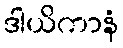
ဒါယိကာနံ